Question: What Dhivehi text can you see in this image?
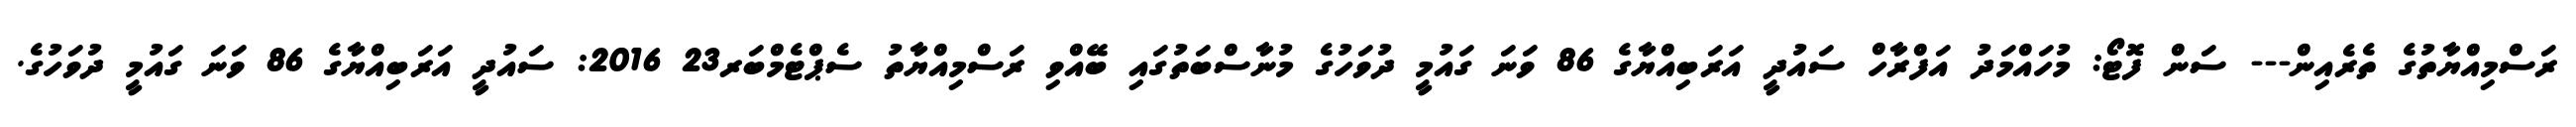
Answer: ރަސްމިއްޔާތުގެ ތެރެއިން--- ސަން ފޮޓޯ: މުހައްމަދު އަފްރާހް ސައުދީ އަރަބިއްޔާގެ 86 ވަނަ ގައުމީ ދުވަހުގެ މުނާސްބަތުގައި ބޭއްވި ރަސްމިއްޔާތު ސެޕްޓެމްބަރ23 2016: ސައުދީ އަރަބިއްޔާގެ 86 ވަނަ ގައުމީ ދުވަހުގެ.